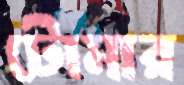
টোমার